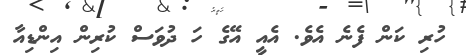
ހުރި ކަން ފެނެ އެވެ. އެއީ އޭގެ ހަ ދުވަސް ކުރިން އިންޑިއާ